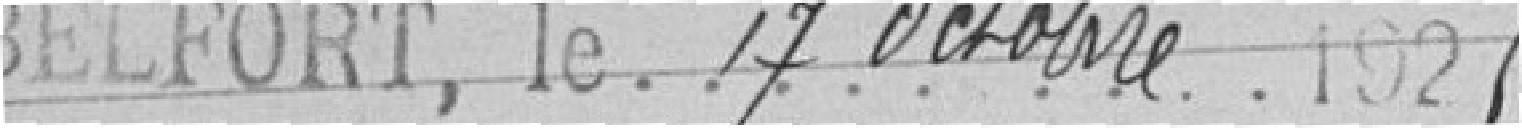
Belfort le 17 octobre 1925